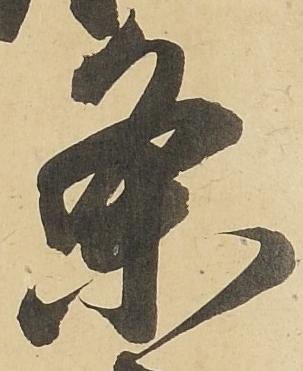
条